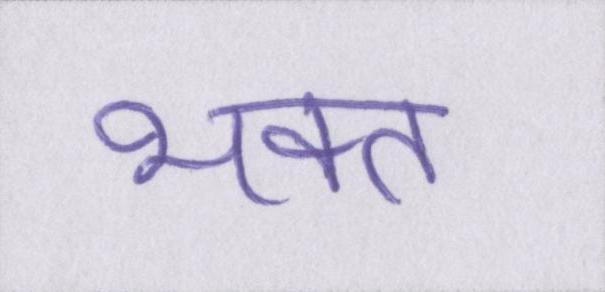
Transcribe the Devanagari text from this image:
भक्त